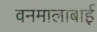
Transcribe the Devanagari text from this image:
वनमालाबाई